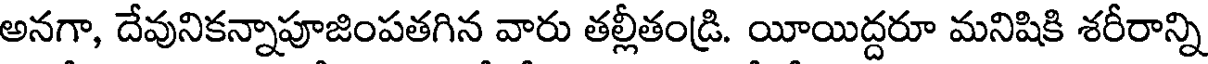
అనగా, దేవునికన్నాపూజింపతగిన వారు తల్లీతండ్రి. యీయిద్దరూ మనిషికి శరీరాన్ని